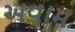
અવામ